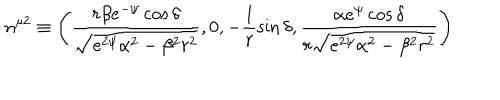
n ^ { \mu 2 } \equiv \left( \frac { r \beta e ^ { - \psi } \cos \delta } { \sqrt { e ^ { 2 \psi } \alpha ^ { 2 } - \beta ^ { 2 } r ^ { 2 } } } , 0 , - \frac { 1 } { r } \sin \delta , \frac { \alpha e ^ { \psi } \cos \delta } { r \sqrt { e ^ { 2 \psi } \alpha ^ { 2 } - \beta ^ { 2 } r ^ { 2 } } } \right)